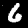
Digit: 6